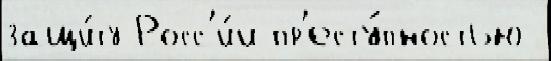
защи́ту Росс'и́и пр'есту́пностью